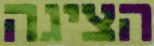
הציגה